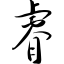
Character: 睿